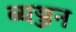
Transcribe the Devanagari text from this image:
ब्यञ्जन